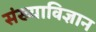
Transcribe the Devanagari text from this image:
संख्याविज्ञान